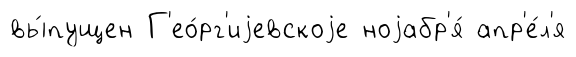
вы́пущен Г'ео́рг'иjевскоjе ноjабр'я́ апр'е́л'я